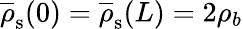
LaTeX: \overline{{\rho}}_{\mathrm{s}}(0)=\overline{{\rho}}_{\mathrm{s}}(L)=2\rho_{b}